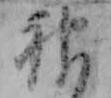
神